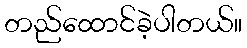
တည်ထောင်ခဲ့ပါတယ်။